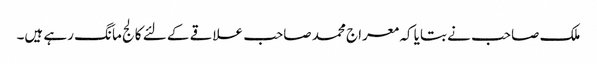
ملک صاحب نے بتایا کہ معراج محمد صاحب علاقے کے لئے کالج مانگ رہے ہیں۔